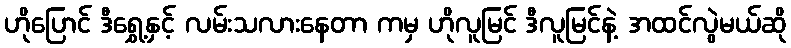
ဟိုပြောင် ဒီရွှေ့နှင့် လမ်းသလားနေတာ ကမှ ဟိုလူမြင် ဒီလူမြင်နဲ့ အထင်လွဲမယ်ဆို